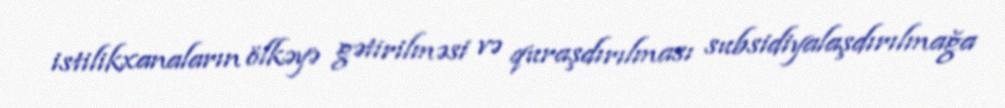
istilikxanaların ölkəyə gətirilməsi və quraşdırılması subsidiyalaşdırılmağa